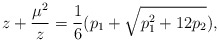
\begin{align*}z+{\mu^{2}\over z}={1\over 6} (p_{1}+ \sqrt{p_{1}^2+12 p_{2}}),\end{align*}